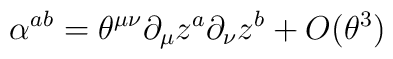
\alpha ^{ab}=\theta ^{\mu \nu }\partial _{\mu }z^{a}\partial _{\nu}z^{b}+O(\theta ^{3})